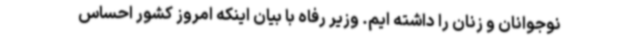
نوجوانان و زنان را داشته ایم. وزیر رفاه با بیان اینکه امروز کشور احساس